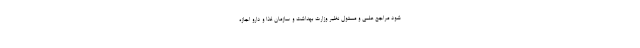
شود مراجع علمی و مسئول نظیر وزارت بهداشت و سازمان غذا و دارو اجازه